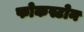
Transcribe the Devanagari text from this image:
फोकस्टोन